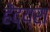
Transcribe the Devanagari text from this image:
हेंद्य्रा